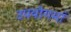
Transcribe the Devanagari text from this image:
उपयोगमां